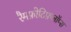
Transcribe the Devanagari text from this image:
रैमफ़ोटिफ़लॉप्स